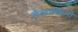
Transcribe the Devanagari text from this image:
मेलाक्रिनो